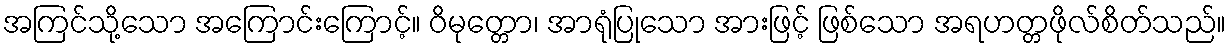
အကြင်သို့သော အကြောင်းကြောင့်။ ဝိမုတ္တော၊ အာရုံပြုသော အားဖြင့် ဖြစ်သော အရဟတ္တဖိုလ်စိတ်သည်။